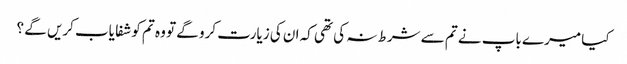
کیا میرے باپ نے تم سے شرط نہ کی تھی کہ ان کی زیارت کرو گے تو وہ تم کو شفا یاب کریں گے ؟